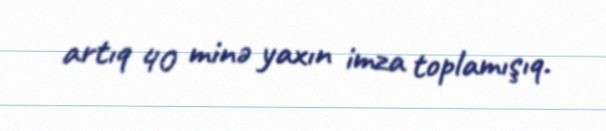
artıq 40 minə yaxın imza toplamışıq.